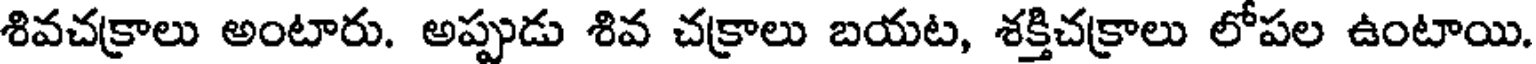
శివచక్రాలు అంటారు. అప్పుడు శివ చక్రాలు బయట, శక్తిచక్రాలు లోపల ఉంటాయి.